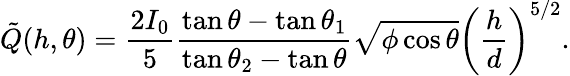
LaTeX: \tilde{Q}(h,\theta)=\frac{2I_{0}}{5}\frac{\tan\theta-\tan\theta_{1}}{\tan\theta_{2}-\tan\theta}\sqrt{\phi\cos\theta}\left(\frac{h}{d}\right)^{5/2}.